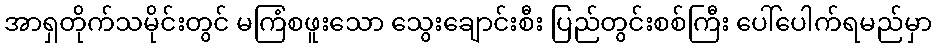
အာရှတိုက်သမိုင်းတွင် မကြံစဖူးသော သွေးချောင်းစီး ပြည်တွင်းစစ်ကြီး ပေါ်ပေါက်ရမည်မှာ